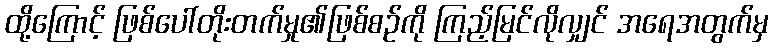
ထို့ကြောင့် ဖြစ်ပေါ်တိုးတက်မှု၏ဖြစ်စဉ်ကို ကြည့်မြင်လိုလျှင် အရေအတွက်မှ